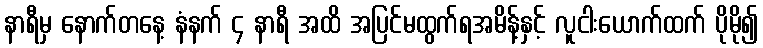
နာရီမှ နောက်တနေ့ နံနက် ၄ နာရီ အထိ အပြင်မထွက်ရအမိန့်နှင့် လူငါးယောက်ထက် ပိုမို၍